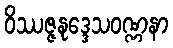
ဝိဿဇ္ဇနုဒ္ဒေသဝဏ္ဏနာ